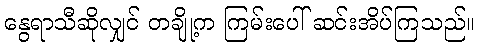
နွေရာသီဆိုလျှင် တချို့က ကြမ်းပေါ် ဆင်းအိပ်ကြသည်။